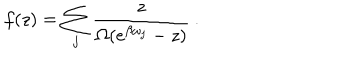
f ( z ) = \sum _ { j } \frac { z } { \Omega ( e ^ { \beta \omega _ { j } } - z ) } \: . \nonumber